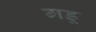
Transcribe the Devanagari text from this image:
गडू